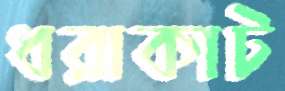
ধরাকাট